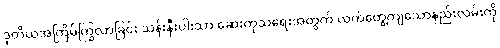
ဒုတိယအကြိမ်ကြွလာခြင်း သန်းနီးပါးသာ ဆေးကုသရေးအတွက် လက်တွေ့ကျသောနည်းလမ်းကို